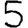
Digit: 5